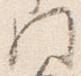
門